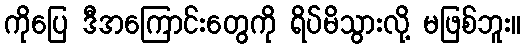
ကိုပြေ ဒီအကြောင်းတွေကို ရိပ်မိသွားလို့ မဖြစ်ဘူး။